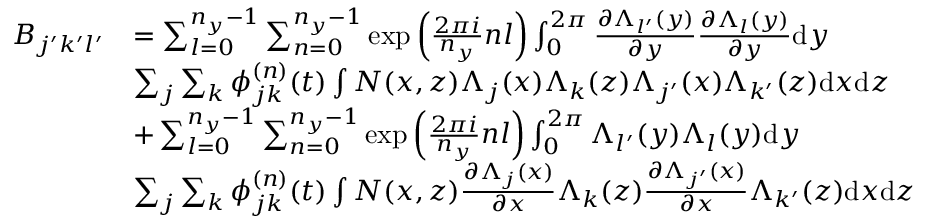
\begin{array} { r l } { B _ { j ^ { \prime } k ^ { \prime } l ^ { \prime } } } & { = \sum _ { l = 0 } ^ { n _ { y } - 1 } \sum _ { n = 0 } ^ { n _ { y } - 1 } \exp { \left( \frac { 2 \pi i } { n _ { y } } n l \right) } \int _ { 0 } ^ { 2 \pi } \frac { \partial \Lambda _ { l ^ { \prime } } ( y ) } { \partial y } \frac { \partial \Lambda _ { l } ( y ) } { \partial y } \mathrm { d } y } \\ & { \sum _ { j } \sum _ { k } \phi _ { j k } ^ { ( n ) } ( t ) \int N ( x , z ) \Lambda _ { j } ( x ) \Lambda _ { k } ( z ) \Lambda _ { j ^ { \prime } } ( x ) \Lambda _ { k ^ { \prime } } ( z ) \mathrm { d } x \mathrm { d } z } \\ & { + \sum _ { l = 0 } ^ { n _ { y } - 1 } \sum _ { n = 0 } ^ { n _ { y } - 1 } \exp { \left( \frac { 2 \pi i } { n _ { y } } n l \right) } \int _ { 0 } ^ { 2 \pi } \Lambda _ { l ^ { \prime } } ( y ) \Lambda _ { l } ( y ) \mathrm { d } y } \\ & { \sum _ { j } \sum _ { k } \phi _ { j k } ^ { ( n ) } ( t ) \int N ( x , z ) \frac { \partial \Lambda _ { j } ( x ) } { \partial x } \Lambda _ { k } ( z ) \frac { \partial \Lambda _ { j ^ { \prime } } ( x ) } { \partial x } \Lambda _ { k ^ { \prime } } ( z ) \mathrm { d } x \mathrm { d } z } \end{array}